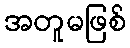
အတူမဖြစ်